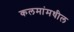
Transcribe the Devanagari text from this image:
कलमांमधील